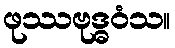
ဖုဿဗုဒ္ဓဝံသ။